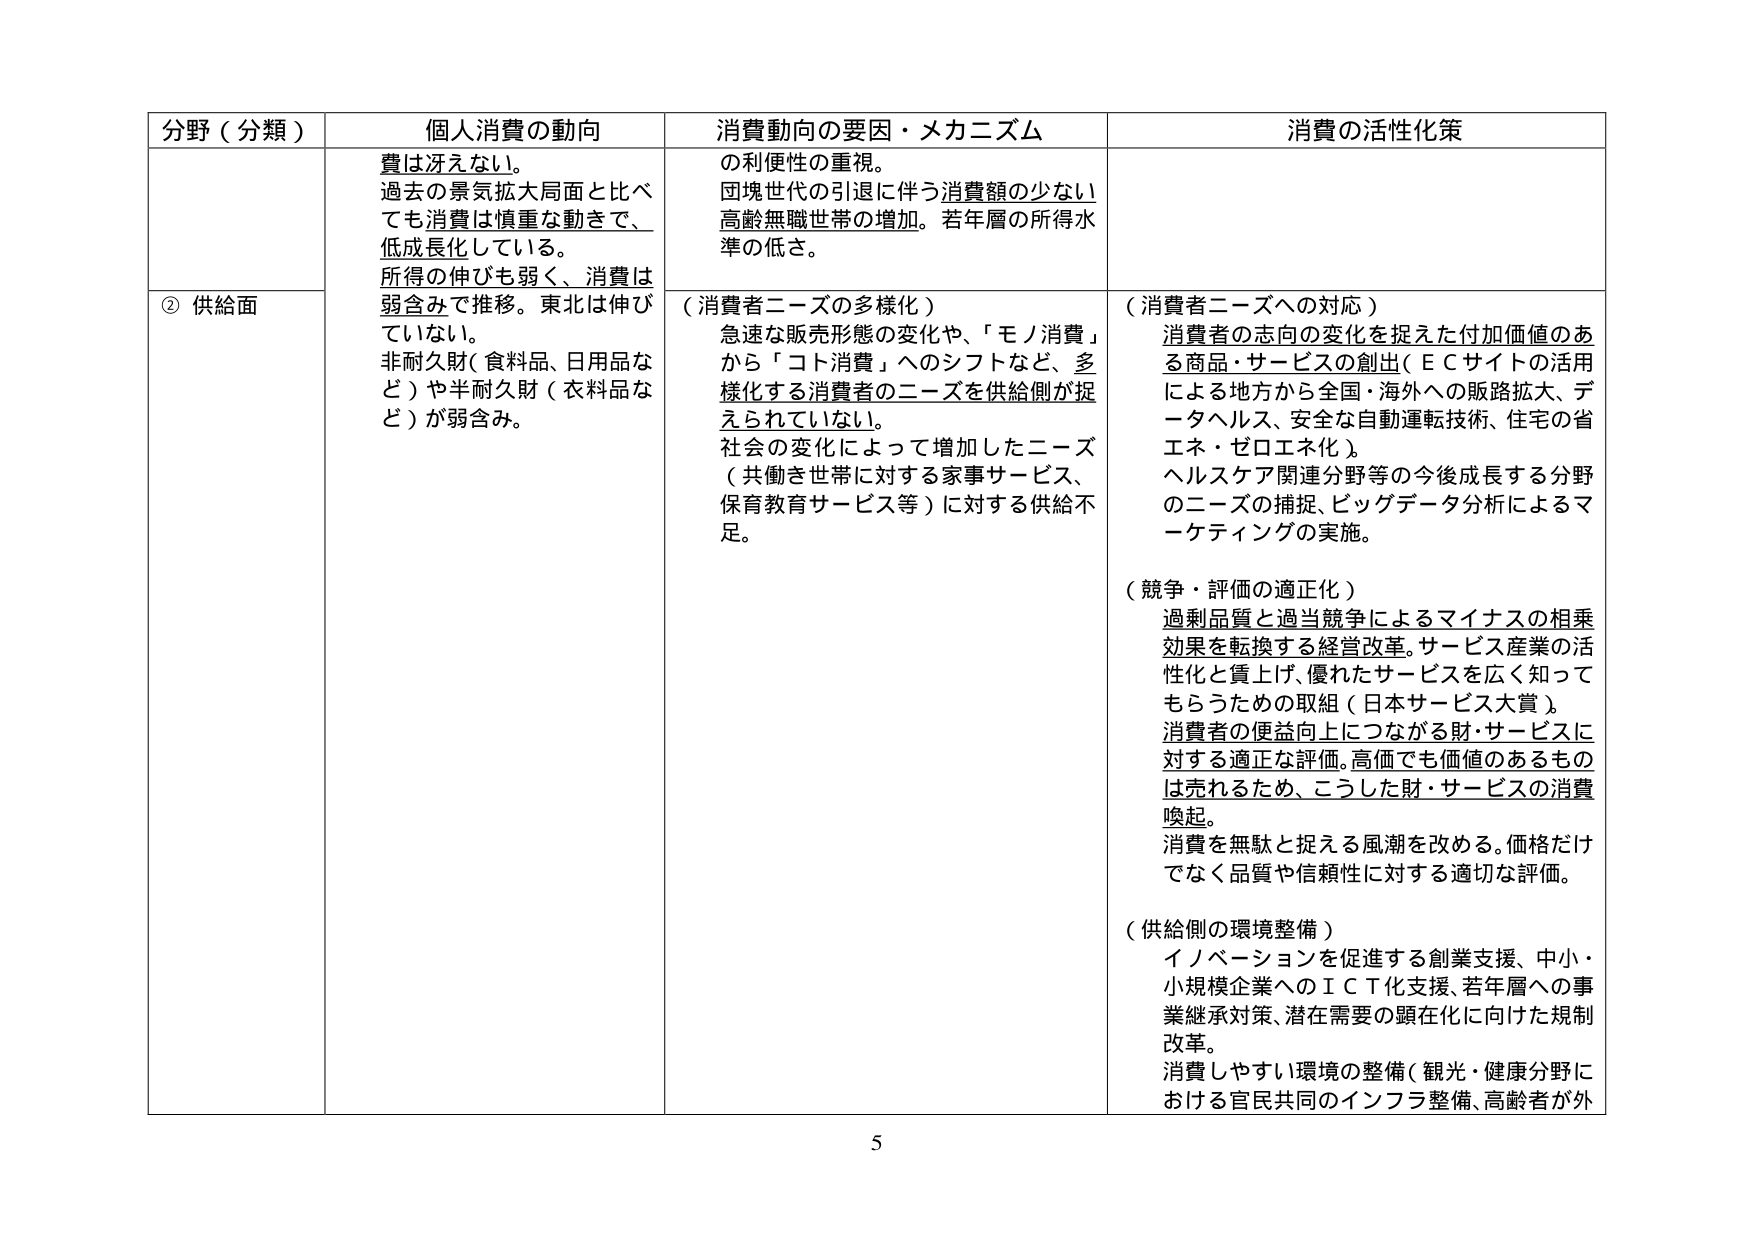
分野（分類） 個人消費の動向 消費動向の要因・メカニズム 消費の活性化策
費は冴えない。
過去の景気拡大局面と比べ
ても消費は慎重な動きで、
低成長化している。
所得の伸びも弱く、消費は
弱含みで推移。東北は伸び
ていない。
非耐久財（食料品、日用品な
ど）や半耐久財（衣料品な
ど）が弱含み。
の利便性の重視。
団塊世代の引退に伴う消費額の少ない
高齢無職世帯の増加。若年層の所得水
準の低さ。
（消費者ニーズの多様化）
急速な販売形態の変化や、「モノ消費」
から「コト消費」へのシフトなど、多
様化する消費者のニーズを供給側が捉
えられていない。
社会の変化によって増加したニーズ
（共働き世帯に対する家事サービス、
保育教育サービス等）に対する供給不
足。
（消費者ニーズへの対応）
消費者の志向の変化を捉えた付加価値のあ
る商品・サービスの創出（ＥＣサイトの活用
による地方から全国・海外への販路拡大、デ
ータヘルス、安全な自動運転技術、住宅の省
エネ・ゼロエネ化）。
ヘルスケア関連分野等の今後成長する分野
のニーズの捕捉、ビッグデータ分析によるマ
ーケティングの実施。
（競争・評価の適正化）
過剰品質と過当競争によるマイナスの相乗
効果を転換する経営改革。サービス産業の活
性化と質上げ、優れたサービスを広く知って
もらうための取組（日本サービス大賞）。
消費者の便益向上につながる財・サービスに
対する適正な評価。高価でも価値のあるもの
は売れるため、こうした財・サービスの消費
喚起。
消費を無駄と捉える風潮を改める。価格だけ
でなく品質や信頼性に対する適切な評価。
（供給側の環境整備）
イノベーションを促進する創業支援、中小・
小規模企業へのＩＣＴ化支援、若年層への事
業継承対策、潜在需要の顕在化に向けた規制
改革。
消費しやすい環境の整備（観光・健康分野に
おける官民共同のインフラ整備、高齢者が外
② 供給面
5